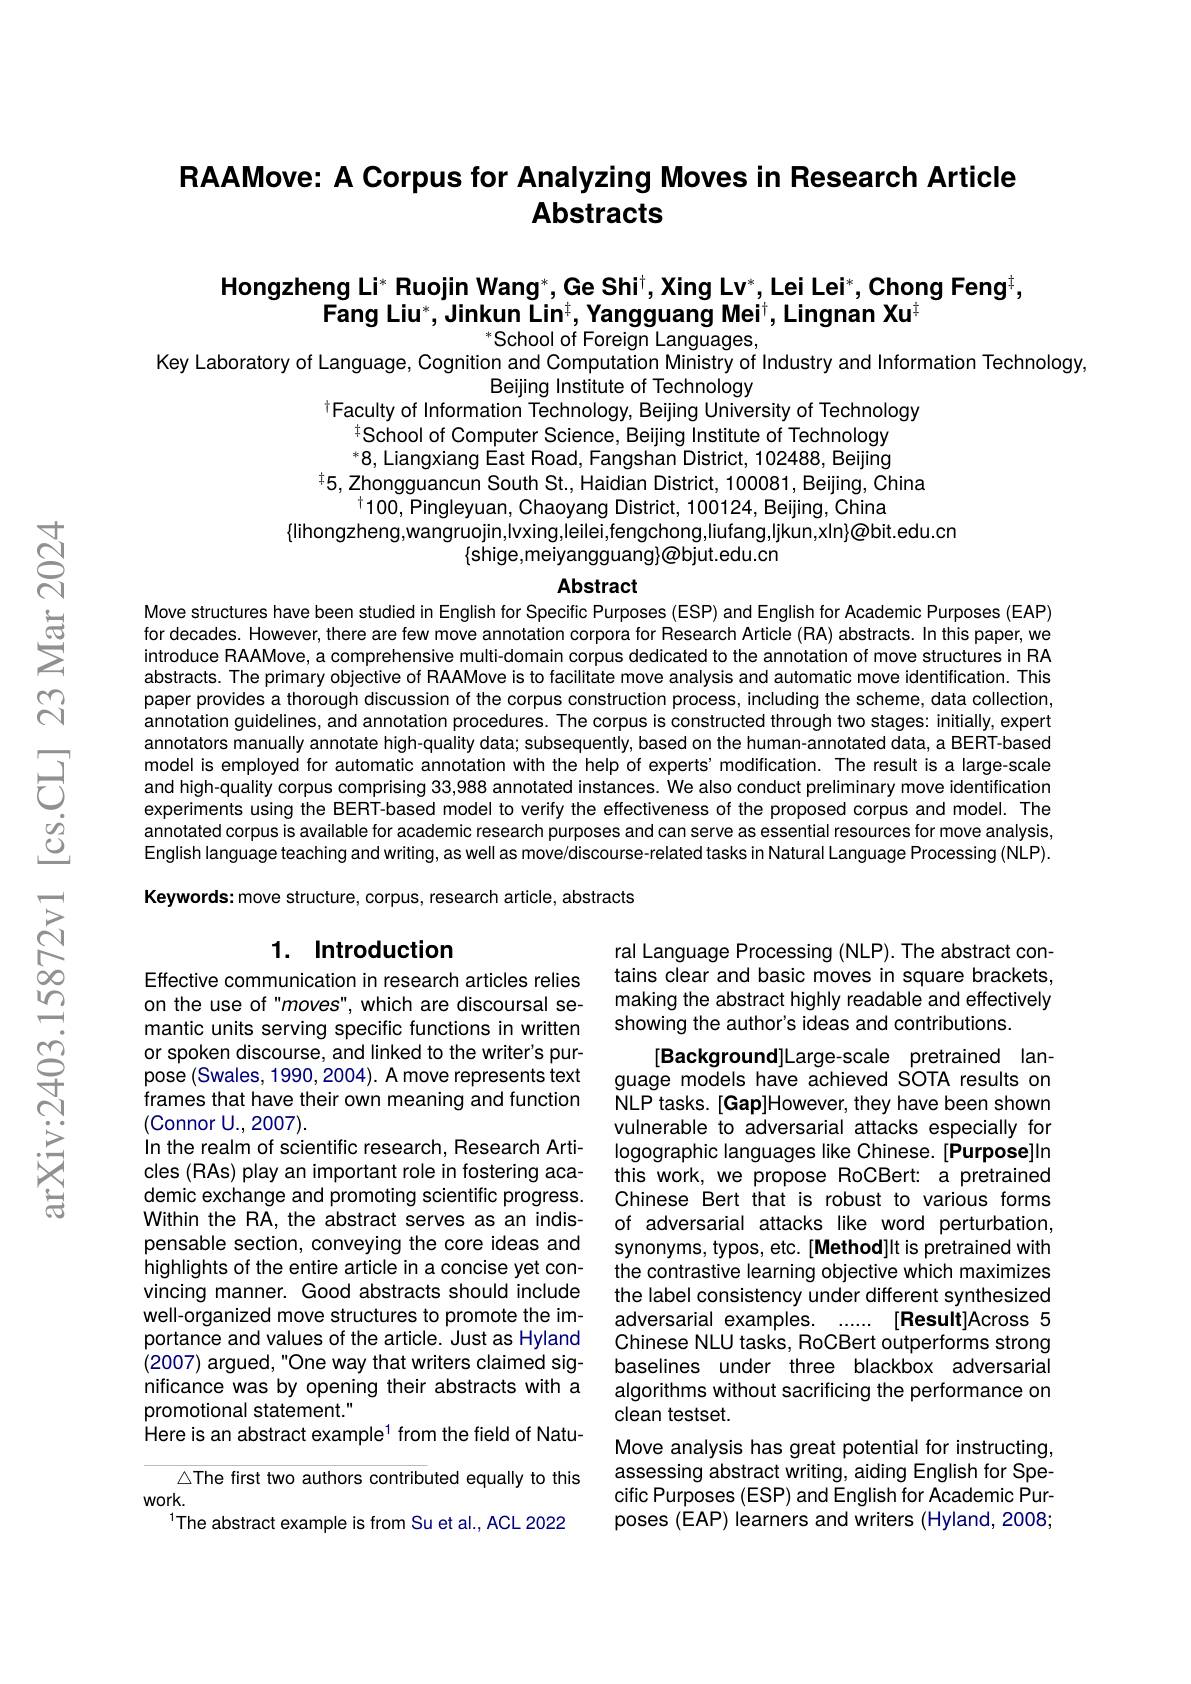
## RAAMove: A Corpus for Analyzing Moves in Research Article Abstracts

## Hongzheng Li* Ruojin Wang*, Ge Shi$^+$,Xing Lv*, Lei Lei*, Chong Feng$^{\dagger}$, $\textbf{Fang Liu}^*$,Jinkun Lin$^+$,Yangguang Mei$^\dagger$,Lingnan Xu$^\dagger$ $^{*}$School of Foreign Languages,

Key Laboratory of Language, Cognition and Computation Ministry of Industry and Information Technology,
Beijing Institute of Technology
$^{\dagger}$Faculty of Information Technology, Beijing University of Technology

$^{\dagger}\dot{\mathrm{School~of~Computer~Science,~Beijing~Institute~of~Technology}}$ $^*8$,Liangxiang East Road, Fangshan District, 102488, Beijing
$^{\dagger}5$, Zhongguancun South St., Haidian District, 100081, Beijing, China
$^{\dagger}100$,Pingleyuan, Chaoyang District, 100124, Beijing, China
$\{$lihongzheng,wangruojin,Ivxing,leilei,fengchong,liufang,ljkun,xIn$\}\textcircled{\text{@bit.edu.cn}}$
$\{$shige,meiyangguang}@bjut.edu.cn

### Abstract

Move structures have been studied in English for Speciffic Purposes (ESP) and English for Academic Purposes (EAP) for decades. However, there are few move annotation corpora for Research Article (RA) abstracts. In this paper, we introduce RAAMove, a comprehensive multi-domain corpus dedicated to the annotation of move structures in RA abstracts. The primary objective of RAAMove is to facilitate move analysis and automatic move identification. This paper provides a thorough discussion of the corpus construction process, including the scheme, data collection, annotation guidelines, and annotation procedures. The corpus is constructed through two stages: initially, expert annotators manually annotate high-quality data; subsequently, based on the human-annotated data, a BERT-based model is employed for automatic annotation with the help of experts' modification. The result is a large-scale and high-quality corpus comprising 33,988 annotated instances. We also conduct preliminary move identification experiments using the BERT-based model to verify the effectiveness of the proposed corpus and model. The annotated corpus is available for academic research purposes and can serve as essential resources for move analysis, English language teaching and writing, as well as move/discourse-related tasks in Natural Language Processing (NLP). Keywords: move structure, corpus, research article, abstracts

## 1. Introduction

ral Language Processing (NLP). The abstract contains clear and basic moves in square brackets, making the abstract highly readable and effectively showing the author's ideas and contributions.

Effective communication in research articles relies on the use of "moves", which are discoursal semantic units serving specific functions in written or spoken discourse, and linked to the writer's purpose (Swales, 1990, 2004). A move represents text frames that have their own meaning and function (Connor U.,2007).
In the realm of scientific research, Research Articles (RAs) play an important role in fostering academic exchange and promoting scientific progress. Within the RA, the abstract serves as an indispensable section, conveying the core ideas and highlights of the entire article in a concise yet convincing manner. Good abstracts should include well-organized move structures to promote the importance and values of the article. Just as Hyland (2007) argued, "One way that writers claimed significance was by opening their abstracts with a promotional statement."
Here is an abstract example$^{1}$ from the field of Natu-
$\triangle$The first two authors contributed equally to this

[Background]Large-scale pretrained language models have achieved SOTA results on NLP tasks. [Gap]However, they have been shown vulnerable to adversarial attacks especially for logographic languages like Chinese. [Purpose]In this work, we propose RoCBert: a pretrained Chinese Bert that is robust to various forms of adversarial attacks like word perturbation, synonyms, typos, etc. [Method]lt is pretrained with the contrastive learning objective which maximizes the label consistency under different synthesized adversarial examples. ...... [Result]Across 5 Chinese NLU tasks, RoCBert outperforms strong baselines under three blackbox adversarial algorithms without sacrificing the performance on clean testset.
Move analysis has great potential for instructing, assessing abstract writing, aiding English for Specific Purposes (ESP) and English for Academic Purposes (EAP) learners and writers (Hyland, 2008;

$work.$
The abstract example is from Su et al., ACL 2022